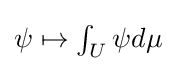
{\textstyle \psi \mapsto \int _{U}\psi d\mu }